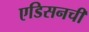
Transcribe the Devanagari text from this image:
एडिसनची